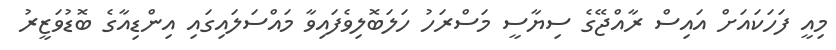
މިއީ ފަހަކައަށް އައިސް ރާއްޖޭގެ ސިޔާސީ މަސްރަހު ހަލަބޮލިވެފައިވާ މައްސަލައިގައި އިންޑިއާގެ ބޮޑުވަޒީރު